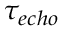
\tau _ { e c h o }